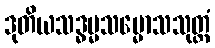
ဒုတိယသဒ္ဓမ္မသမ္မောသသုတ္တံ